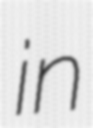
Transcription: in